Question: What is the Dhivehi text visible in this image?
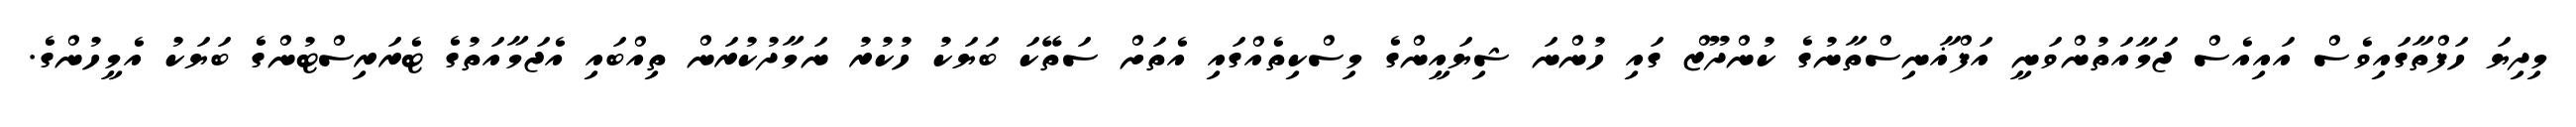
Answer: މިދިޔަ ހަފްތާގައިވެސް އައިއެސް ޖަމާއަތުންވަނީ އަފްޣާނިސްތާނުގެ ކުންދޫޒް ގައި ހުންނަ ޝިޔައީންގެ މިސްކިތެއްގައި އެތަށް ސަތޭކަ ބަޔަކު ހުކުރު ނަމާދުކުރަން ތިއްބައި އެޖަމާއަތުގެ ޓެރަރިސްޓުންގެ ބަޔަކު އެމީހުންގެ.